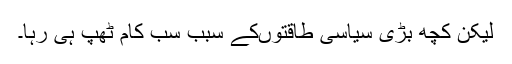
لیکن کچھ بڑی سیاسی طاقتوںکے سبب سب کام ٹھپ ہی رہا۔